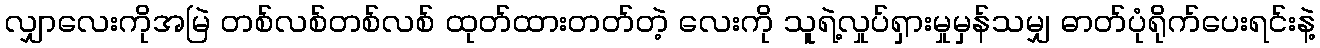
လျှာလေးကိုအမြဲ တစ်လစ်တစ်လစ် ထုတ်ထားတတ်တဲ့ လေးကို သူရဲ့လှုပ်ရှားမှုမှန်သမျှ ဓာတ်ပုံရိုက်ပေးရင်းနဲ့